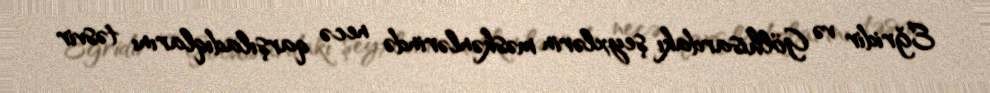
Eğridir və Gölhisardakı şeyxlərin məskənlərində necə qarşıladıqlarını təsvir